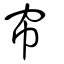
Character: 帘